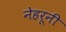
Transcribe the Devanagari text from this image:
नेहरूनी